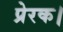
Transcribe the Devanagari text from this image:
प्रेरक।